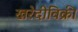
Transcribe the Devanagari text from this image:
खरेदीविक्री